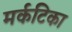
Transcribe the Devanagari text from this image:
मर्कटिका